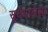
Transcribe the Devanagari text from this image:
सूर्यमालेला